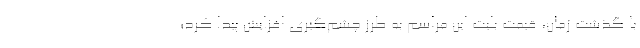
با گذشت زمان، قیمت بلیت این مراسم به طرز چشم‌گیری افزایش پیدا کرد؛